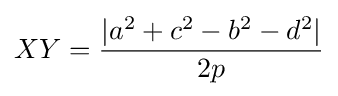
XY={\frac {|a^{2}+c^{2}-b^{2}-d^{2}|}{2p}}